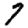
Digit: 7